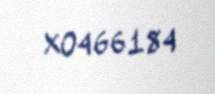
XO466184